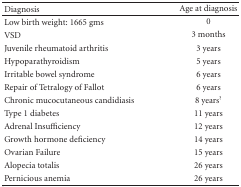
<table><thead><tr><td><b>Diagnosis</b></td><td><b>Age at diagnosis</b></td></tr></thead><tbody><tr><td>Low birth weight: 1665 gms</td><td>0</td></tr><tr><td>VSD</td><td>3 months</td></tr><tr><td>Juvenile rheumatoid arthritis</td><td>3 years</td></tr><tr><td>Hypoparathyroidism</td><td>5 years</td></tr><tr><td>Irritable bowel syndrome</td><td>6 years</td></tr><tr><td>Repair of Tetralogy of Fallot</td><td>6 years</td></tr><tr><td>Chronic mucocutaneous candidiasis</td><td>8 years<sup>?</sup></td></tr><tr><td>Type 1 diabetes</td><td>11 years</td></tr><tr><td>Adrenal Insufficiency</td><td>12 years</td></tr><tr><td>Growth hormone deficiency</td><td>14 years</td></tr><tr><td>Ovarian Failure</td><td>15 years</td></tr><tr><td>Alopecia totalis</td><td>26 years</td></tr><tr><td>Pernicious anemia</td><td>26 years</td></tr></tbody></table>